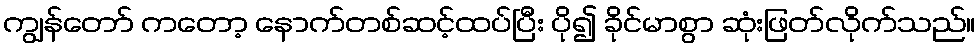
ကျွန်တော် ကတော့ နောက်တစ်ဆင့်ထပ်ပြီး ပို၍ ခိုင်မာစွာ ဆုံးဖြတ်လိုက်သည်။